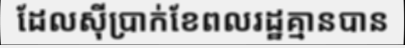
ដែលស៊ីប្រាក់ខែពលរដ្ឋគ្មានបាន